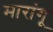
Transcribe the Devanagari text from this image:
मारांगू